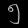
Digit: ၅